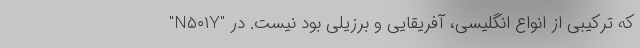
"N۵۰۱Y" که ترکیبی از انواع انگلیسی، آفریقایی و برزیلی بود نیست. در